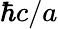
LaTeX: \hbar c/a